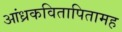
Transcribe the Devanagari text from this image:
आंध्रकवितापितामह